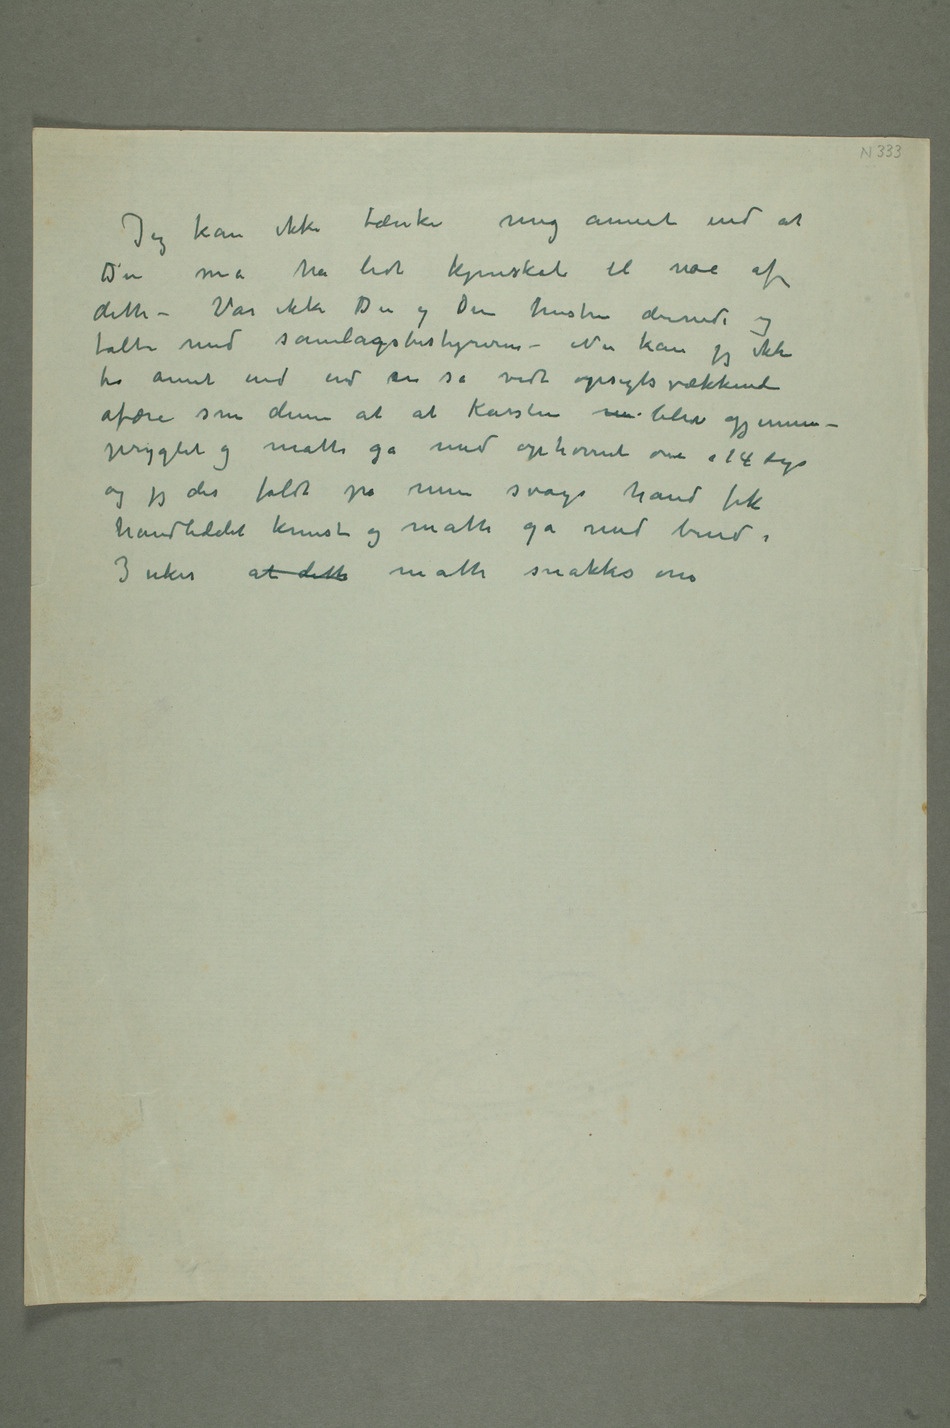
Jeg kan ikke tænke mig annet end at
Du må ha lidt kjenskab til noe af
dette – Var ikke Du og Din hustru dernede og
talte med samlagsbestyreren – Nu kan jeg ikke
tro annet end end en så vidt opsigtsvækkende
afære som denne at at Karsten  blev
pryglet og måtte gå med ophovnet øie i 14 dage
og jeg der faldt på min svage hånd fik
3 uker at dette måtte snakkes om